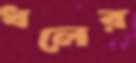
ধলের